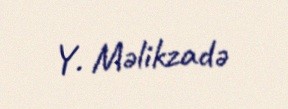
Y. Məlikzadə